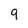
Character: 9